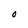
Character: O